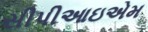
સીપીઆઇએમ